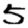
Digit: 5